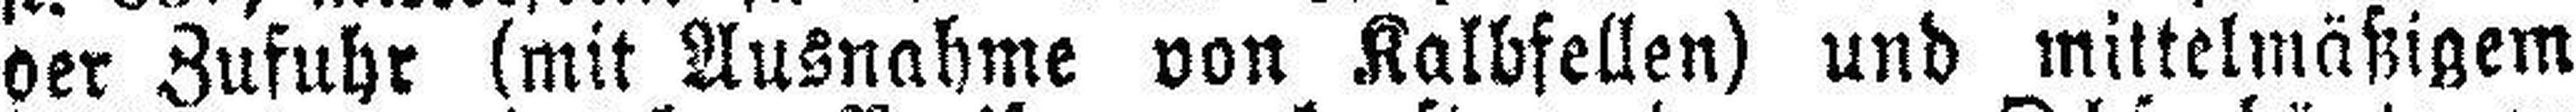
oer Zufuhr (mit Ausnahme von Kalbfellen) und miltelmäßigem